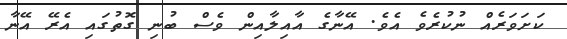
ކަށަވަރެއް ނުކުރެވެ އެވެ. އޭނާގެ އާއިލާއިން ވެސް ބުނި ގޮތުގައި އެރޭ އޭނާ